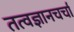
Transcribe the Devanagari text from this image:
तत्वज्ञानचर्चा